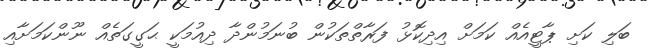
ބަލި ކަށި ޕާޓީއެއް ކަމަށް އިދިކޮޅު ފަރާތްތަކުން ބުނަމުންދާ ދިއުމަކީ ޙަގީގަތެއް ނޫންކަމަށާއި